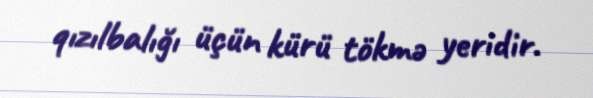
qızılbalığı üçün kürü tökmə yeridir.